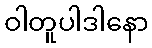
ဝါတူပါဒါနော